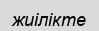
жиілікте